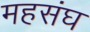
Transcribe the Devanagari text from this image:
महसंघ